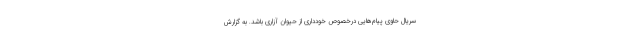
سریال حاوی پیام‌هایی درخصوص خودداری از حیوان آزاری باشد. به گزارش